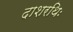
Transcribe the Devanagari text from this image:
दाशरथिः